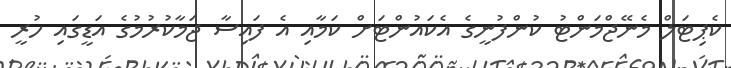
ކެޕިޓަލް މެނޭޖްމަންޓު ކުންފުނީގެ އެކައުންޓަށް ކަމާއި އެ ފައިސާ ޖަމާކުރުމުގެ އަޑީގަައި ހުރީ